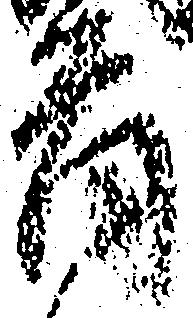
首